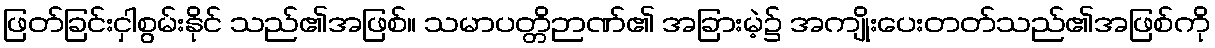
ဖြတ်ခြင်းငှါစွမ်းနိုင် သည်၏အဖြစ်။ သမာပတ္တိဉာဏ်၏ အခြားမဲ့၌ အကျိုးပေးတတ်သည်၏အဖြစ်ကို